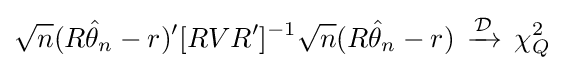
{\sqrt {n}}(R{\hat {\theta }}_{n}-r)'[RVR']^{-1}{\sqrt {n}}(R{\hat {\theta }}_{n}-r)\,\xrightarrow {\mathcal {D}} \,\chi _{Q}^{2}